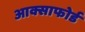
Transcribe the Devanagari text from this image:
आक्साफोर्ड